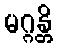
မဂ္ဂန္တိ